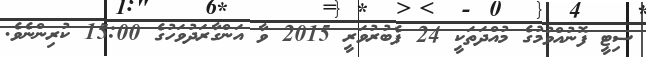
ސިޓީ ފޮނުއްވުމުގެ މުއްދަތަކީ 24 ފެބުރުވަރީ 2015 ވާ އަންގާރަދުވަހުގެ 15:00 ކުރިންނެވެ.